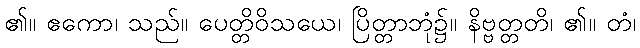
၏။ ဧကော၊ သည်။ ပေတ္တိဝိသယေ၊ ပြိတ္တာဘုံ၌။ နိဗ္ဗတ္တတိ၊ ၏။ တံ၊